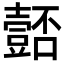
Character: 𭐚